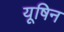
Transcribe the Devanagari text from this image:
यूषिन